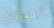
تصوري